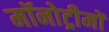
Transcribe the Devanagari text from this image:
मॉनोट्रीमों